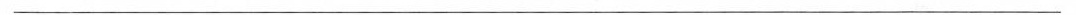
___